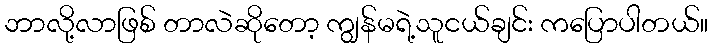
ဘာလို့လာဖြစ် တာလဲဆိုတော့ ကျွန်မရဲ့သူငယ်ချင်း ကပြောပါတယ်။